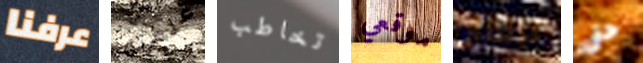
عرفنا علمته تخاطب موقعي تيلمان حتى